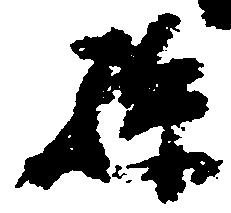
孫